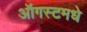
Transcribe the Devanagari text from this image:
ऑगस्टमधे